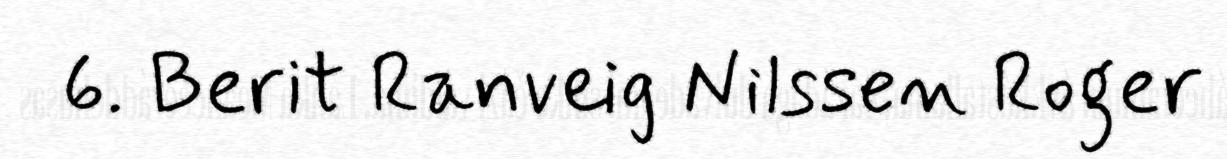
6. Berit Ranveig Nilssen Roger